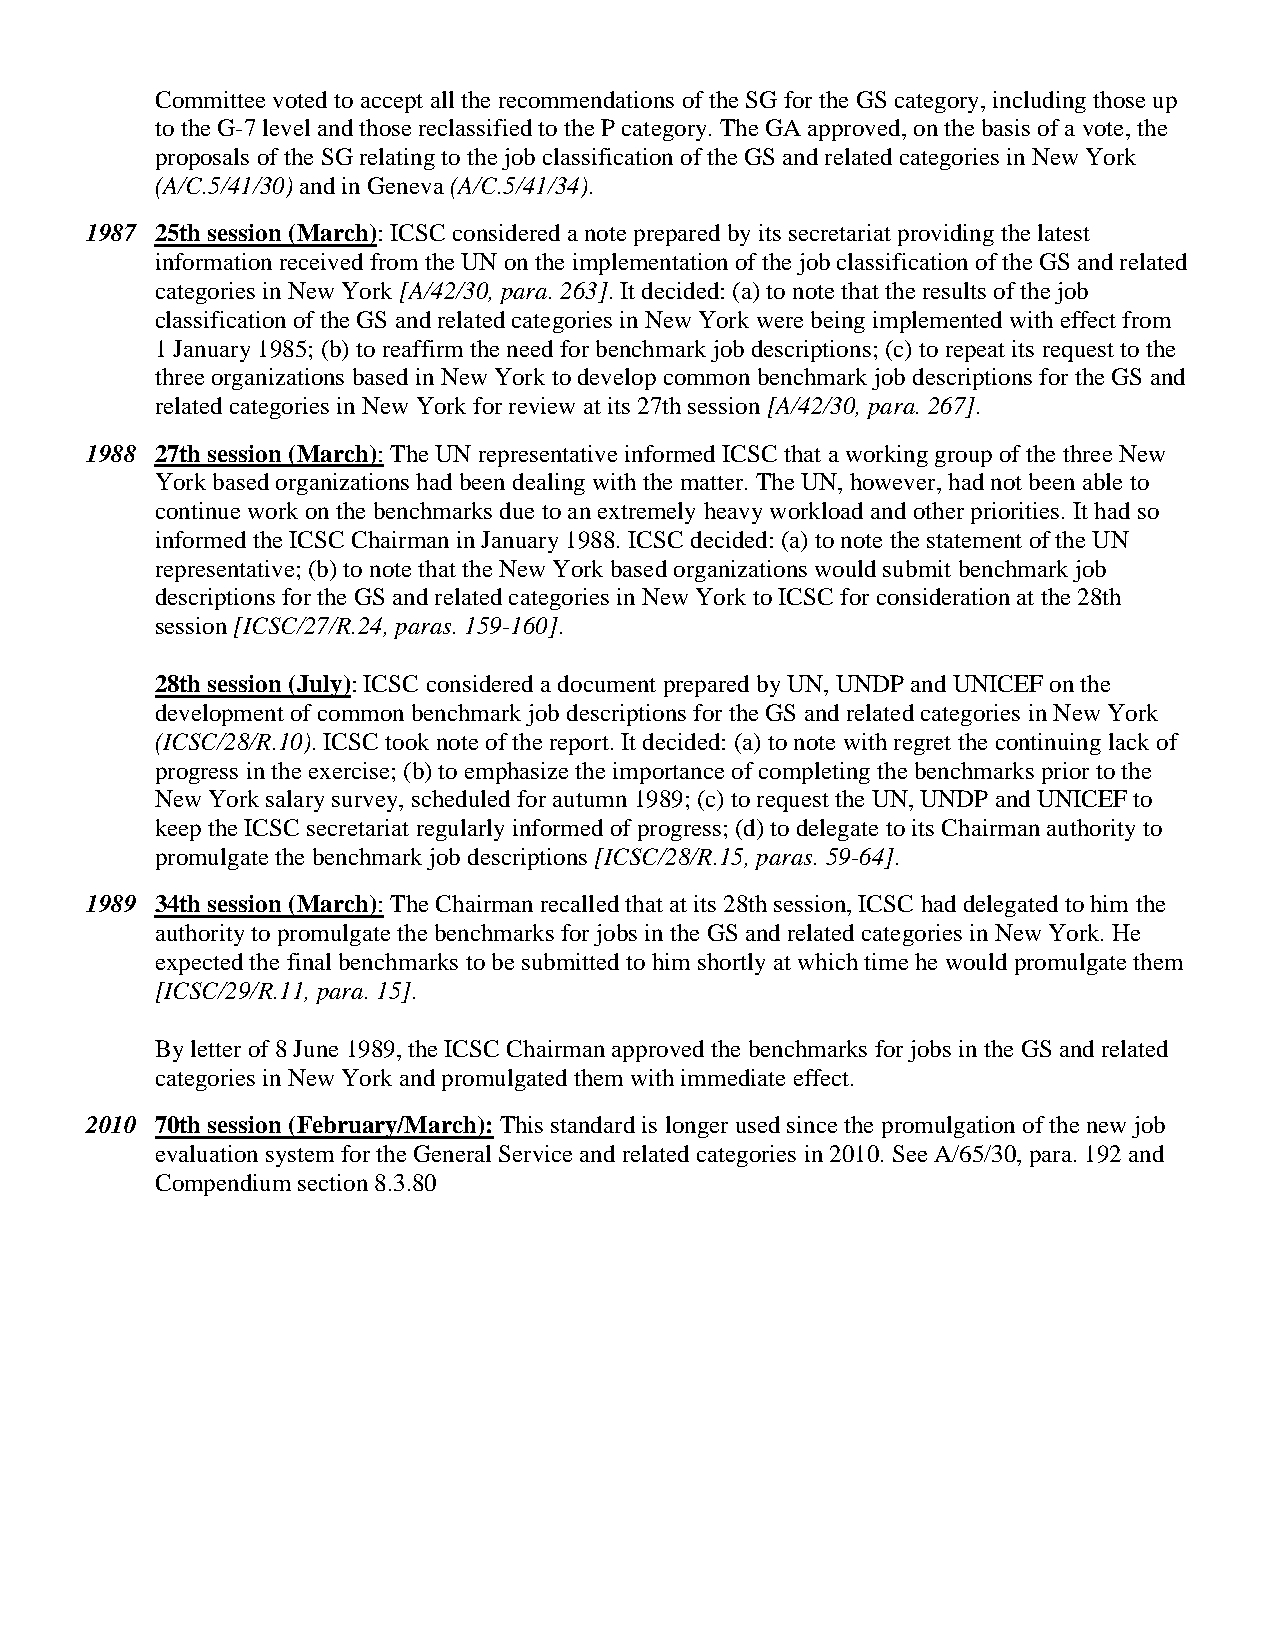
Committee voted to accept all the recommendations of the SG for the GS category, including those up
 to the G-7 level and those reclassified to the P category. The GA approved, on the basis of a vote, the
 proposals of the SG relating to the job classification of the GS and related categories in New York
 (A/C.5/41/30) and in Geneva (A/C.5/41/34).
 1987 25th session (March): ICSC considered a note prepared by its secretariat providing the latest
 information received from the UN on the implementation of the job classification of the GS and related
 categories in New York [A/42/30, para. 263]. It decided: (a) to note that the results of the job
 classification of the GS and related categories in New York were being implemented with effect from
 1 January 1985; (b) to reaffirm the need for benchmark job descriptions; (c) to repeat its request to the
 three organizations based in New York to develop common benchmark job descriptions for the GS and
 related categories in New York for review at its 27th session [A/42/30, para. 267].
 1988 27th session (March): The UN representative informed ICSC that a working group of the three New
 York based organizations had been dealing with the matter. The UN, however, had not been able to
 continue work on the benchmarks due to an extremely heavy workload and other priorities. It had so
 informed the ICSC Chairman in January 1988. ICSC decided: (a) to note the statement of the UN
 representative; (b) to note that the New York based organizations would submit benchmark job
 descriptions for the GS and related categories in New York to ICSC for consideration at the 28th
 session [ICSC/27/R.24, paras. 159-160].
 28th session (July): ICSC considered a document prepared by UN, UNDP and UNICEF on the
 development of common benchmark job descriptions for the GS and related categories in New York
 (ICSC/28/R.10). ICSC took note of the report. It decided: (a) to note with regret the continuing lack of
 progress in the exercise; (b) to emphasize the importance of completing the benchmarks prior to the
 New York salary survey, scheduled for autumn 1989; (c) to request the UN, UNDP and UNICEF to
 keep the ICSC secretariat regularly informed of progress; (d) to delegate to its Chairman authority to
 promulgate the benchmark job descriptions [ICSC/28/R.15, paras. 59-64].
 1989 34th session (March): The Chairman recalled that at its 28th session, ICSC had delegated to him the
 authority to promulgate the benchmarks for jobs in the GS and related categories in New York. He
 expected the final benchmarks to be submitted to him shortly at which time he would promulgate them
 [ICSC/29/R.11, para. 15].
 By letter of 8 June 1989, the ICSC Chairman approved the benchmarks for jobs in the GS and related
 categories in New York and promulgated them with immediate effect.
 2010 70th session (February/March): This standard is longer used since the promulgation of the new job
 evaluation system for the General Service and related categories in 2010. See A/65/30, para. 192 and
 Compendium section 8.3.80